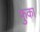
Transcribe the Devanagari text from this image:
फुका